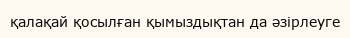
қалақай қосылған қымыздықтан да әзірлеуге